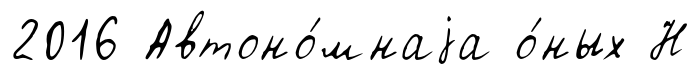
2016 Автоно́мнаjа о́ных Н